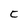
Character: C